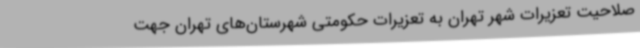
صلاحیت تعزیرات شهر تهران به تعزیرات حکومتی شهرستان‌های تهران جهت